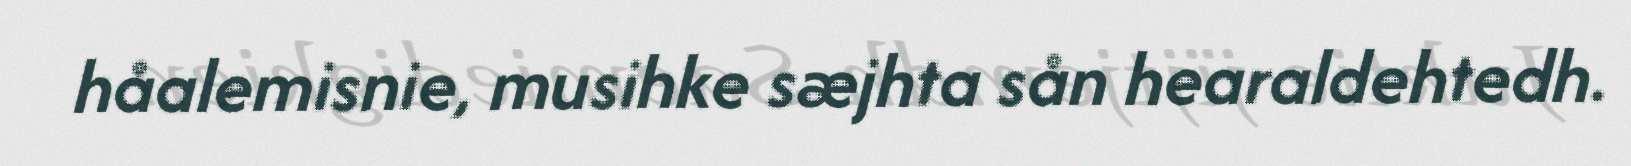
håalemisnie, musihke sæjhta sån hearaldehtedh.